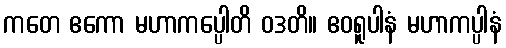
ကတေ ဧကော မဟာကပ္ပေါတိ ဝဒတိ။ ဧဝရူပါနံ မဟာကပ္ပါနံ